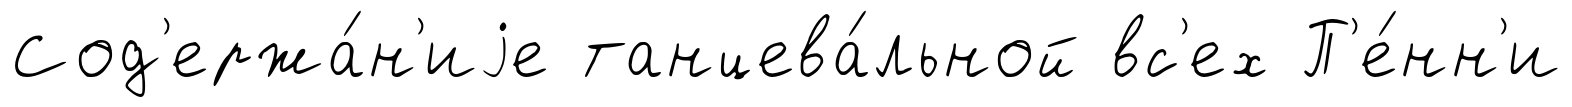
Сод'ержа́н'иjе танцева́льной вс'ех П'е́нн'и